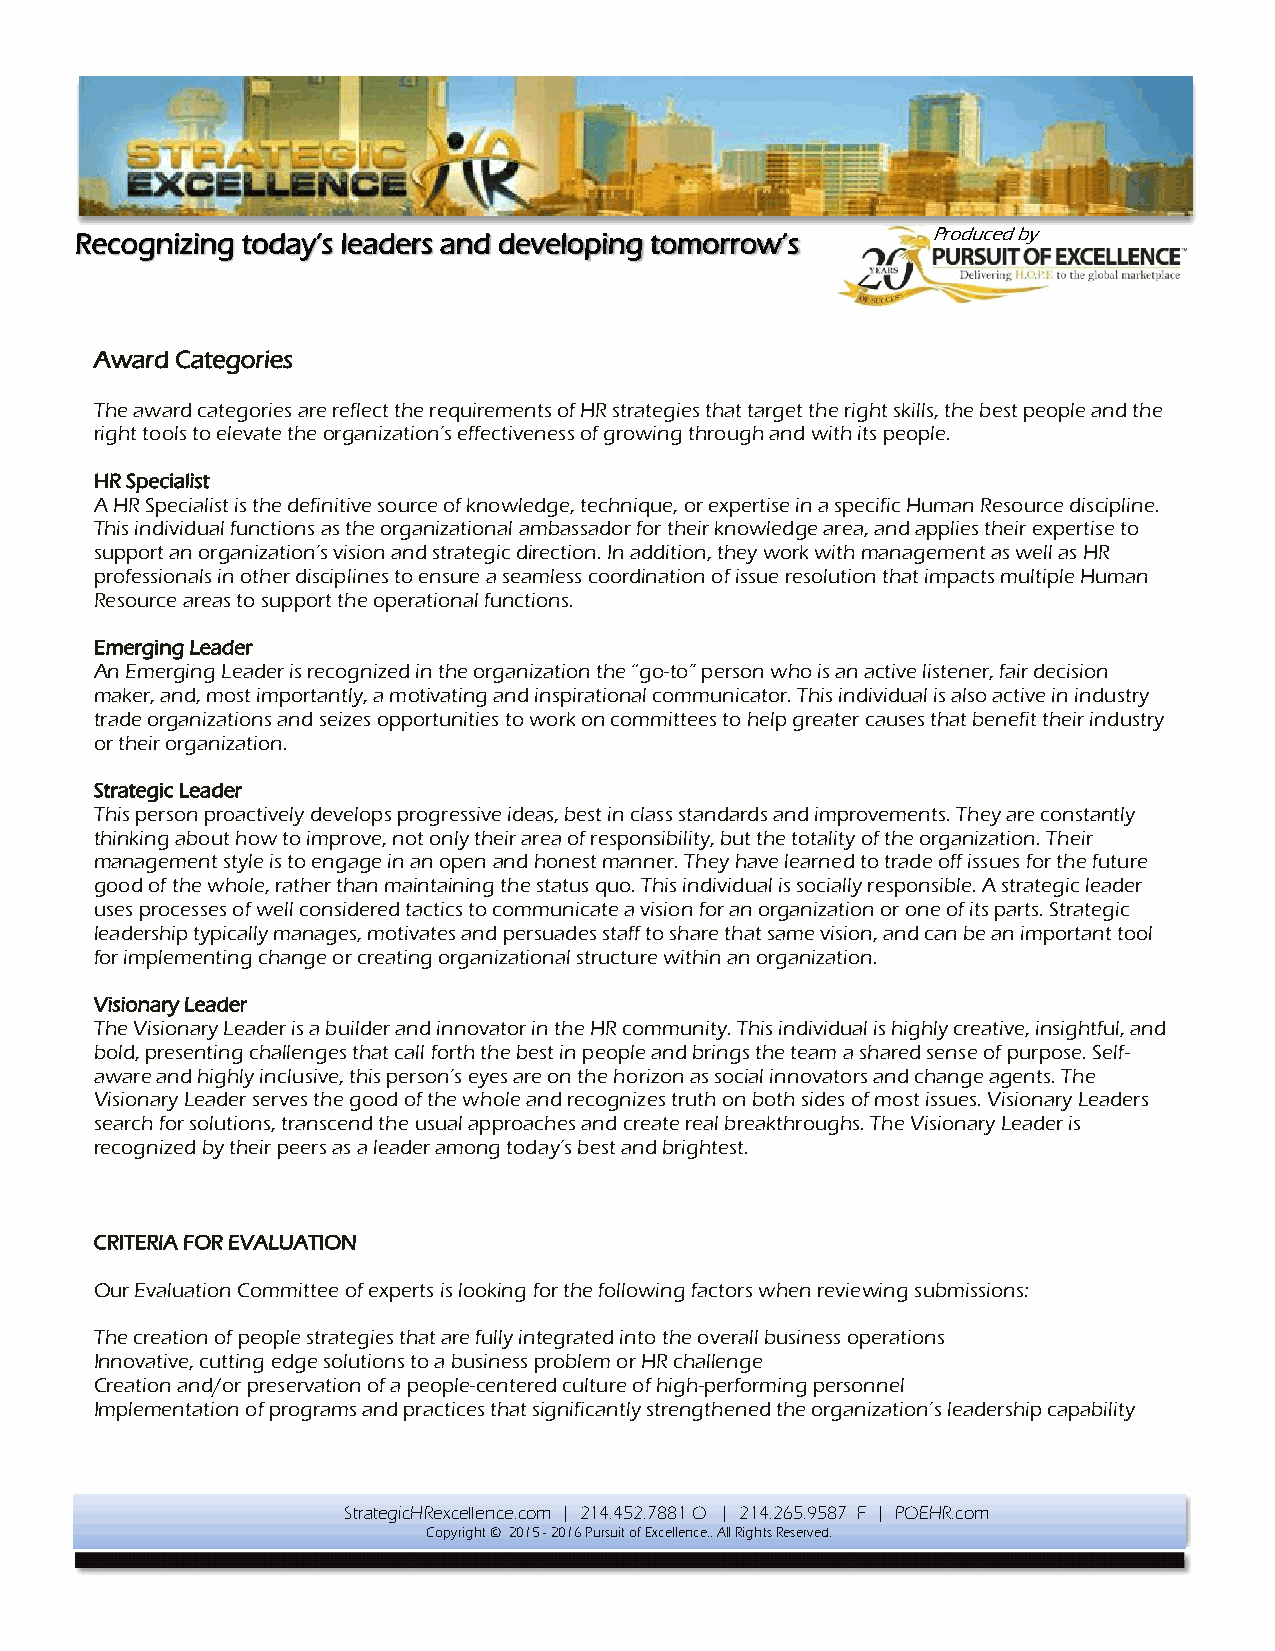
Recognizing today’s leaders and developing tomorrow’s    Produced by
 Award Categories
 The award categories are reflect the requirements of HR strategies that target the right skills, the best people and the
 right tools to elevate the organization’s effectiveness of growing through and with its people.
 HR Specialist
 A HR Specialist is the definitive source of knowledge, technique, or expertise in a specific Human Resource discipline.
 This individual functions as the organizational ambassador for their knowledge area, and applies their expertise to
 support an organization’s vision and strategic direction. In addition, they work with management as well as HR
 professionals in other disciplines to ensure a seamless coordination of issue resolution that impacts multiple Human
 Resource areas to support the operational functions.
 Emerging Leader
 An Emerging Leader is recognized in the organization the “go-to” person who is an active listener, fair decision
 maker, and, most importantly, a motivating and inspirational communicator. This individual is also active in industry
 trade organizations and seizes opportunities to work on committees to help greater causes that benefit their industry
 or their organization.
 Strategic Leader
 This person proactively develops progressive ideas, best in class standards and improvements. They are constantly
 thinking about how to improve, not only their area of responsibility, but the totality of the organization. Their
 management style is to engage in an open and honest manner. They have learned to trade off issues for the future
 good of the whole, rather than maintaining the status quo. This individual is socially responsible. A strategic leader
 uses processes of well considered tactics to communicate a vision for an organization or one of its parts. Strategic
 leadership typically manages, motivates and persuades staff to share that same vision, and can be an important tool
 for implementing change or creating organizational structure within an organization.
 Visionary Leader
 The Visionary Leader is a builder and innovator in the HR community. This individual is highly creative, insightful, and
 bold, presenting challenges that call forth the best in people and brings the team a shared sense of purpose. Self-
 aware and highly inclusive, this person’s eyes are on the horizon as social innovators and change agents. The
 Visionary Leader serves the good of the whole and recognizes truth on both sides of most issues. Visionary Leaders
 search for solutions, transcend the usual approaches and create real breakthroughs. The Visionary Leader is
 recognized by their peers as a leader among today’s best and brightest.
 CRITERIA FOR EVALUATION
 Our Evaluation Committee of experts is looking for the following factors when reviewing submissions:
 The creation of people strategies that are fully integrated into the overall business operations
 Innovative, cutting edge solutions to a business problem or HR challenge
 Creation and/or preservation of a people-centered culture of high-performing personnel
 Implementation of programs and practices that significantly strengthened the organization’s leadership capability
 StrategicHRexcellence.com | 214.452.7881 O | 214.265.9587 F | POEHR.com
 Copyright © 2015 - 2016 Pursuit of Excellence.. All Rights Reserved.
 All rights reserved.